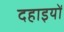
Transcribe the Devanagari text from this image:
दहाइयों